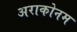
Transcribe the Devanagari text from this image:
अराकोनम